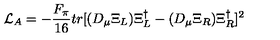
{ \cal { L } } _ { A } = - \frac { F _ { \pi } } { 1 6 } t r [ ( D _ { \mu } \Xi _ { L } ) \Xi _ { L } ^ { \dag } - ( D _ { \mu } \Xi _ { R } ) \Xi _ { R } ^ { \dag } ] ^ { 2 }